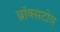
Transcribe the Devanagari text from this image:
ब्रॉक्सटोव